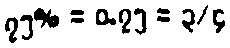
၇၅% = ၀.၇၅ = ၃/၄